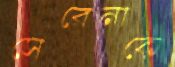
সেরেনাকে